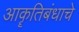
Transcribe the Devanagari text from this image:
आकॄतिबंधाचे